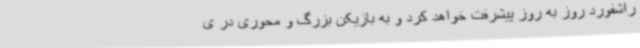
راشفورد روز به روز پیشرفت خواهد کرد و به بازیکن بزرگ و محوری در ی